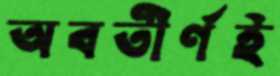
অবতীর্ণই